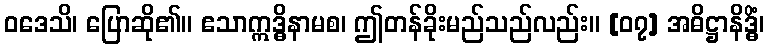
ဝဒေသိ၊ ပြောဆို၏။ ဧသာဣဒ္ဓိနာမစ၊ ဤတန်ခိုးမည်သည်လည်း။ [၀၇] အဓိဋ္ဌာနိဒ္ဓိံ၊